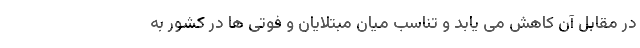
در مقابل آن کاهش می یابد و تناسب میان مبتلایان و فوتی ها در کشور به